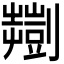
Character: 𫦠